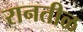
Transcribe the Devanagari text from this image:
रानतीळ